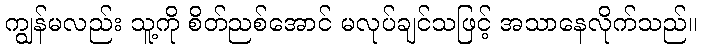
ကျွန်မလည်း သူ့ကို စိတ်ညစ်အောင် မလုပ်ချင်သဖြင့် အသာနေလိုက်သည်။